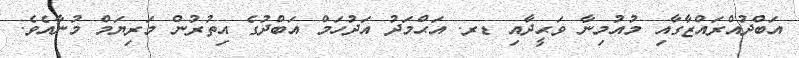
އަބްދުއްރައްޒާގާއި މުއުމިނާ ވަޙީދާއި ޑރ. އަޙްމަދު އަދުހަމް އަބްދުގެ އިތުރުން މަރިޔަމް މުނާއެވެ.